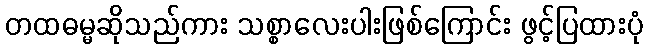
တထဓမ္မဆိုသည်ကား သစ္စာလေးပါးဖြစ်ကြောင်း ဖွင့်ပြထားပုံ